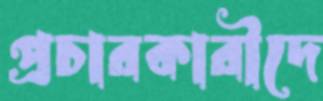
প্রচারকারীদে